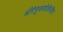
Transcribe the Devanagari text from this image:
श्रीरेणुकादेवीमंदिर